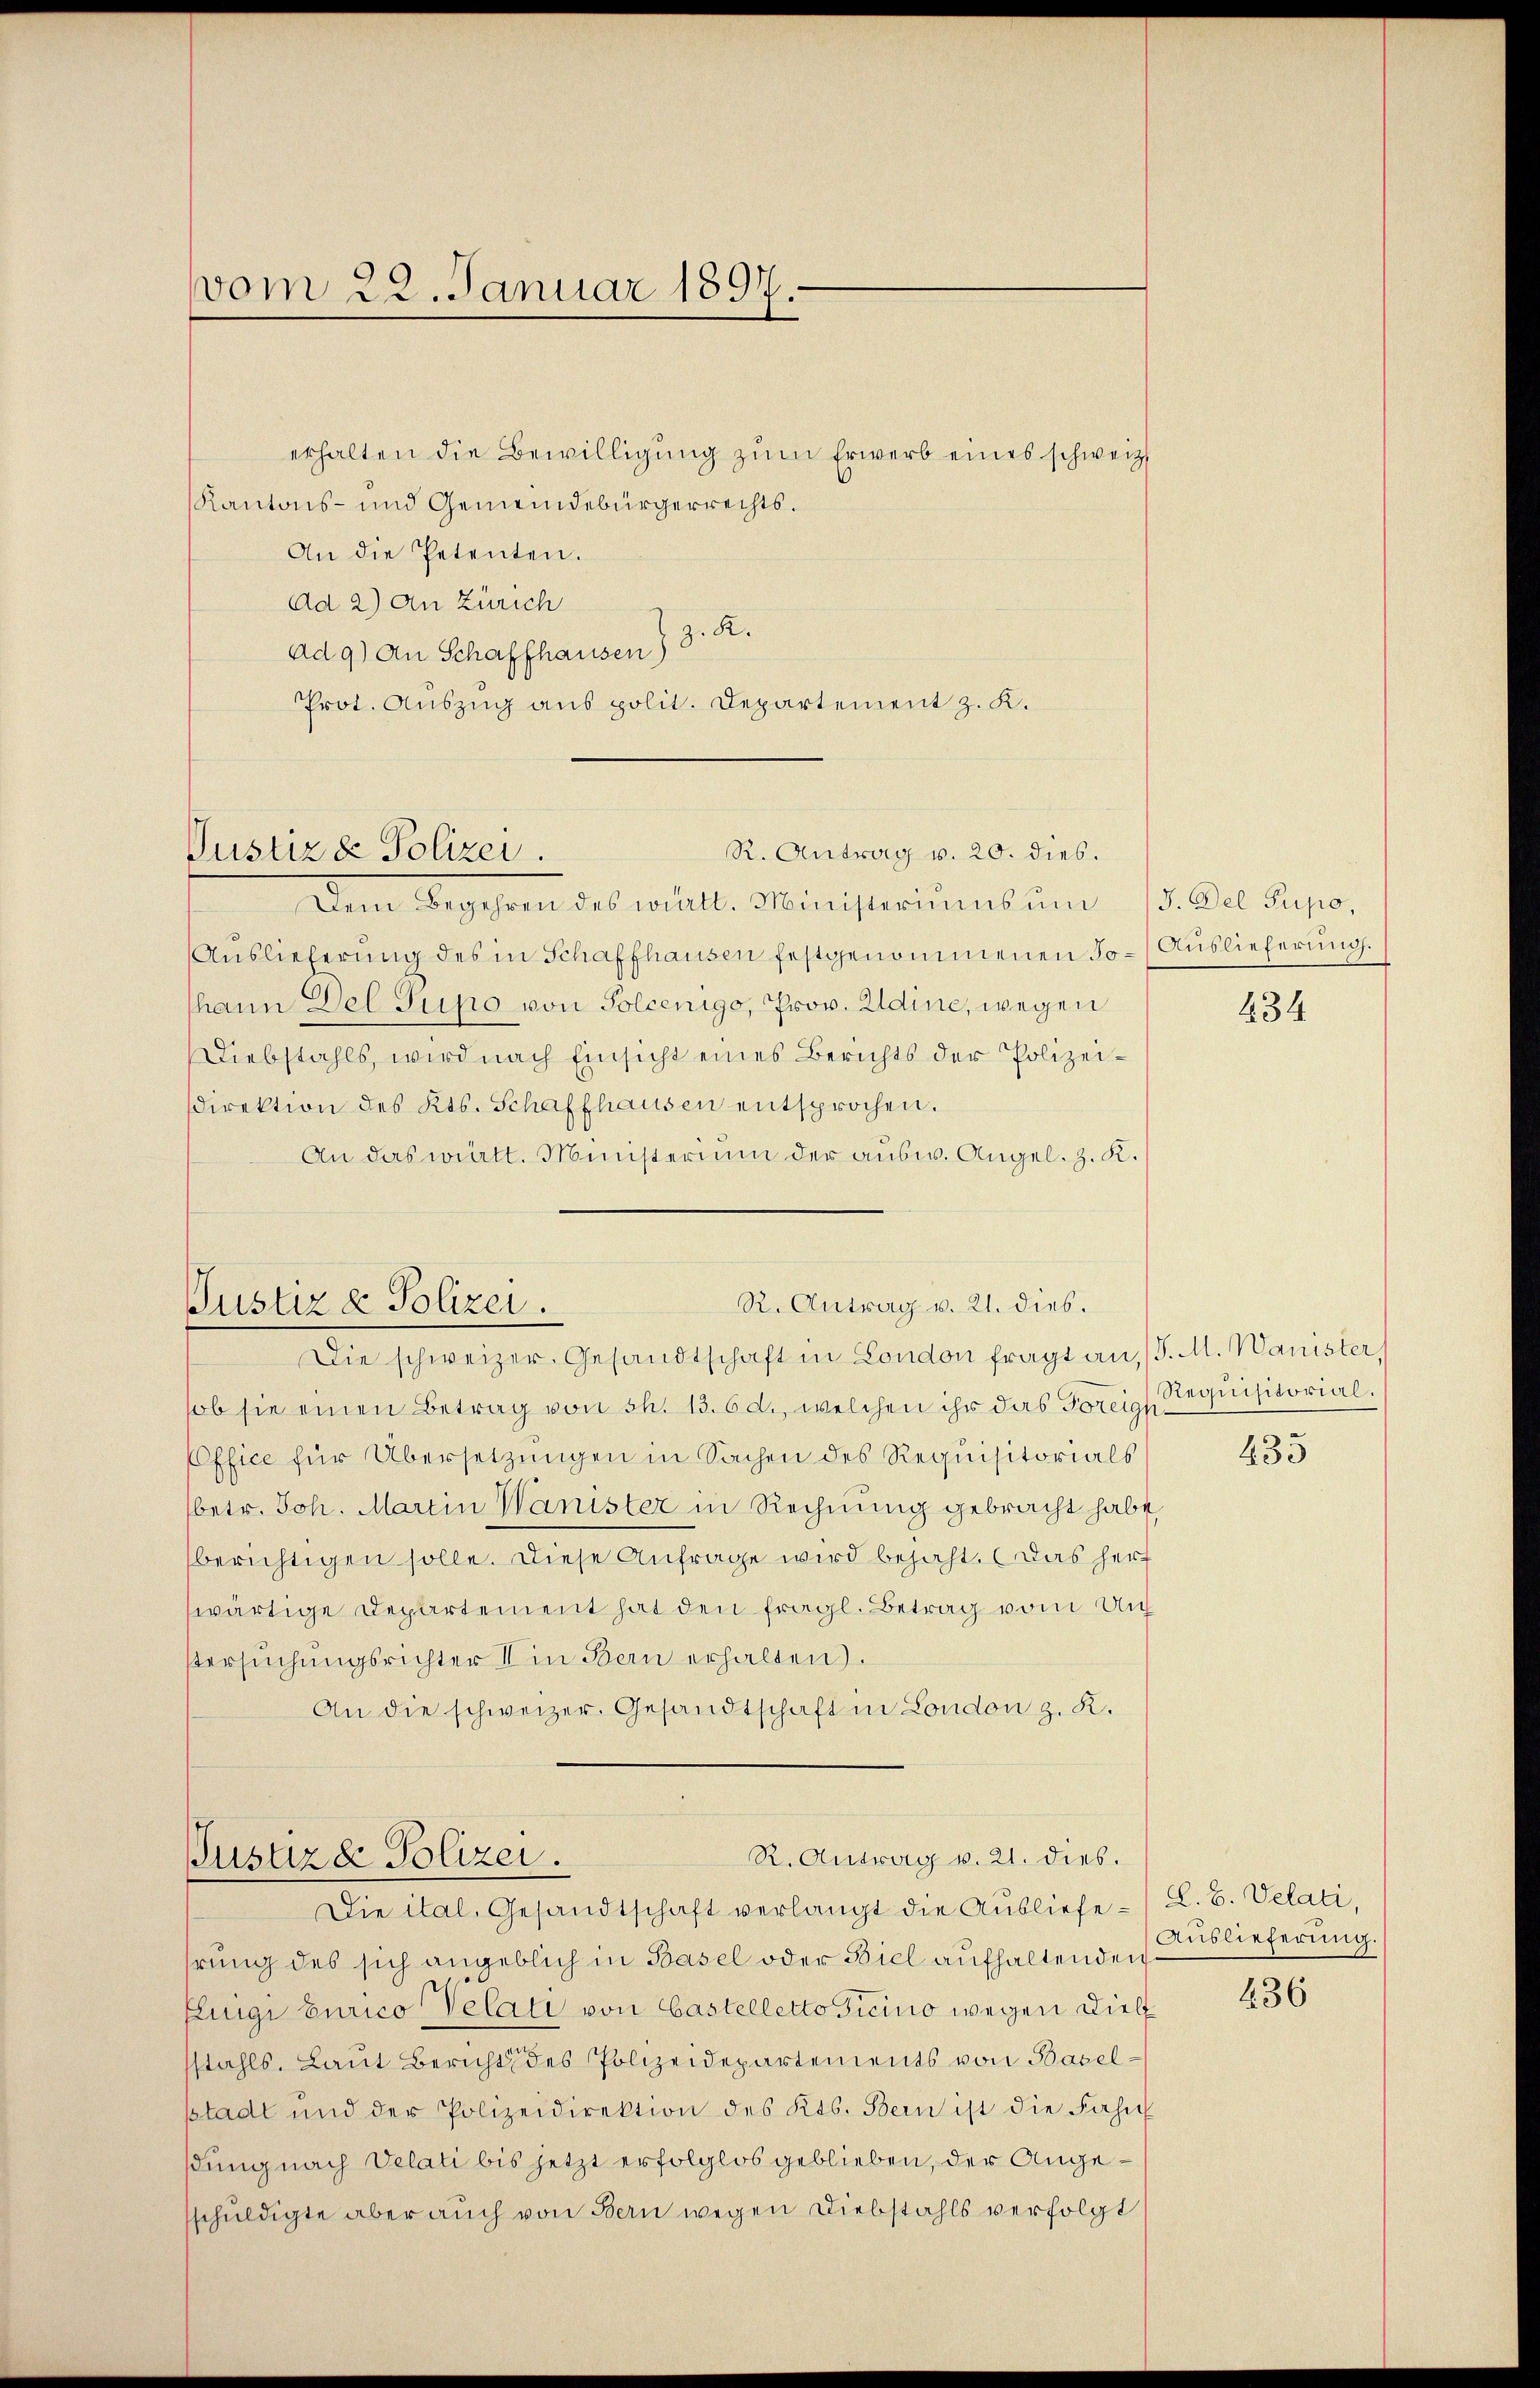
vom 22. Januar 1897.

R. Antrag v. 20. dies.
Justizde Polizei.

Justiz & Polizei.

erhalten die Bewilligung zum Erwerb eines schweiz.
Kantons- und Gemeindebürgerrechts¬
An die Petenten.
Ad 2) An Zürich
ad 9) an Schaffhausen) d. R.
Prot. Auszug aus polit. Departement z. K.

Dem Begehren des walt. Ministeriums ŭm 15. Del Supo.
Auslieferung des in Schaffhausen festgenommenen Johann Del Jupo von Solcenigo, Prov. Udine, wegen
Diebstahls, wird nach Einsicht eines Berichts der Polizeidirektion des Kts. Schaffhausen entsprochen.
An das württ. Ministerium der ausw. Angel. z. K.

R. Antrag v. 21. dies.

R. Antrag v. 21. dies.
Justizde Polizei.
Die ital. Gesandtschaft verlangt die Ausliefe L. B. Velati,

Die schweizer. Gesandtschaft in London fragt an, (S. M. Wanister,
ob sie einen Betrag von S. 13. 6 d., welchen ihr das Toreigl Requisitorial¬
Office für Übersetzŭngen in Sachen des Requisitorials
(betr. Joh. Martin Wanister in Rechnung gebracht habe,
berichtigen solle. Diese Anfrage wird bejaht. Das her
wärtige Departement hat den fragl. Betrag vom Un¬
Versuchungsrichter I in Bern erhalten).
An die schweizer. Gesandtschaft in London z. R.

hrung des sich angeblich in Basel oder Biel aufhaltende Auslieferung.
Fluigi Eurico Velati von Castelletto Ticino wegen Dielsstahls, Laut Bericht des Polizeidepartements von Baselstadt und der Polizeidirektion des Kts. Bern ist die Fahn
dung nach Velati bis jetzt erfolglos geblieben, der Angesschuldigte aber auch von Bern wegen Diebstahls verfolgt

Auslieferung.

434

435

436